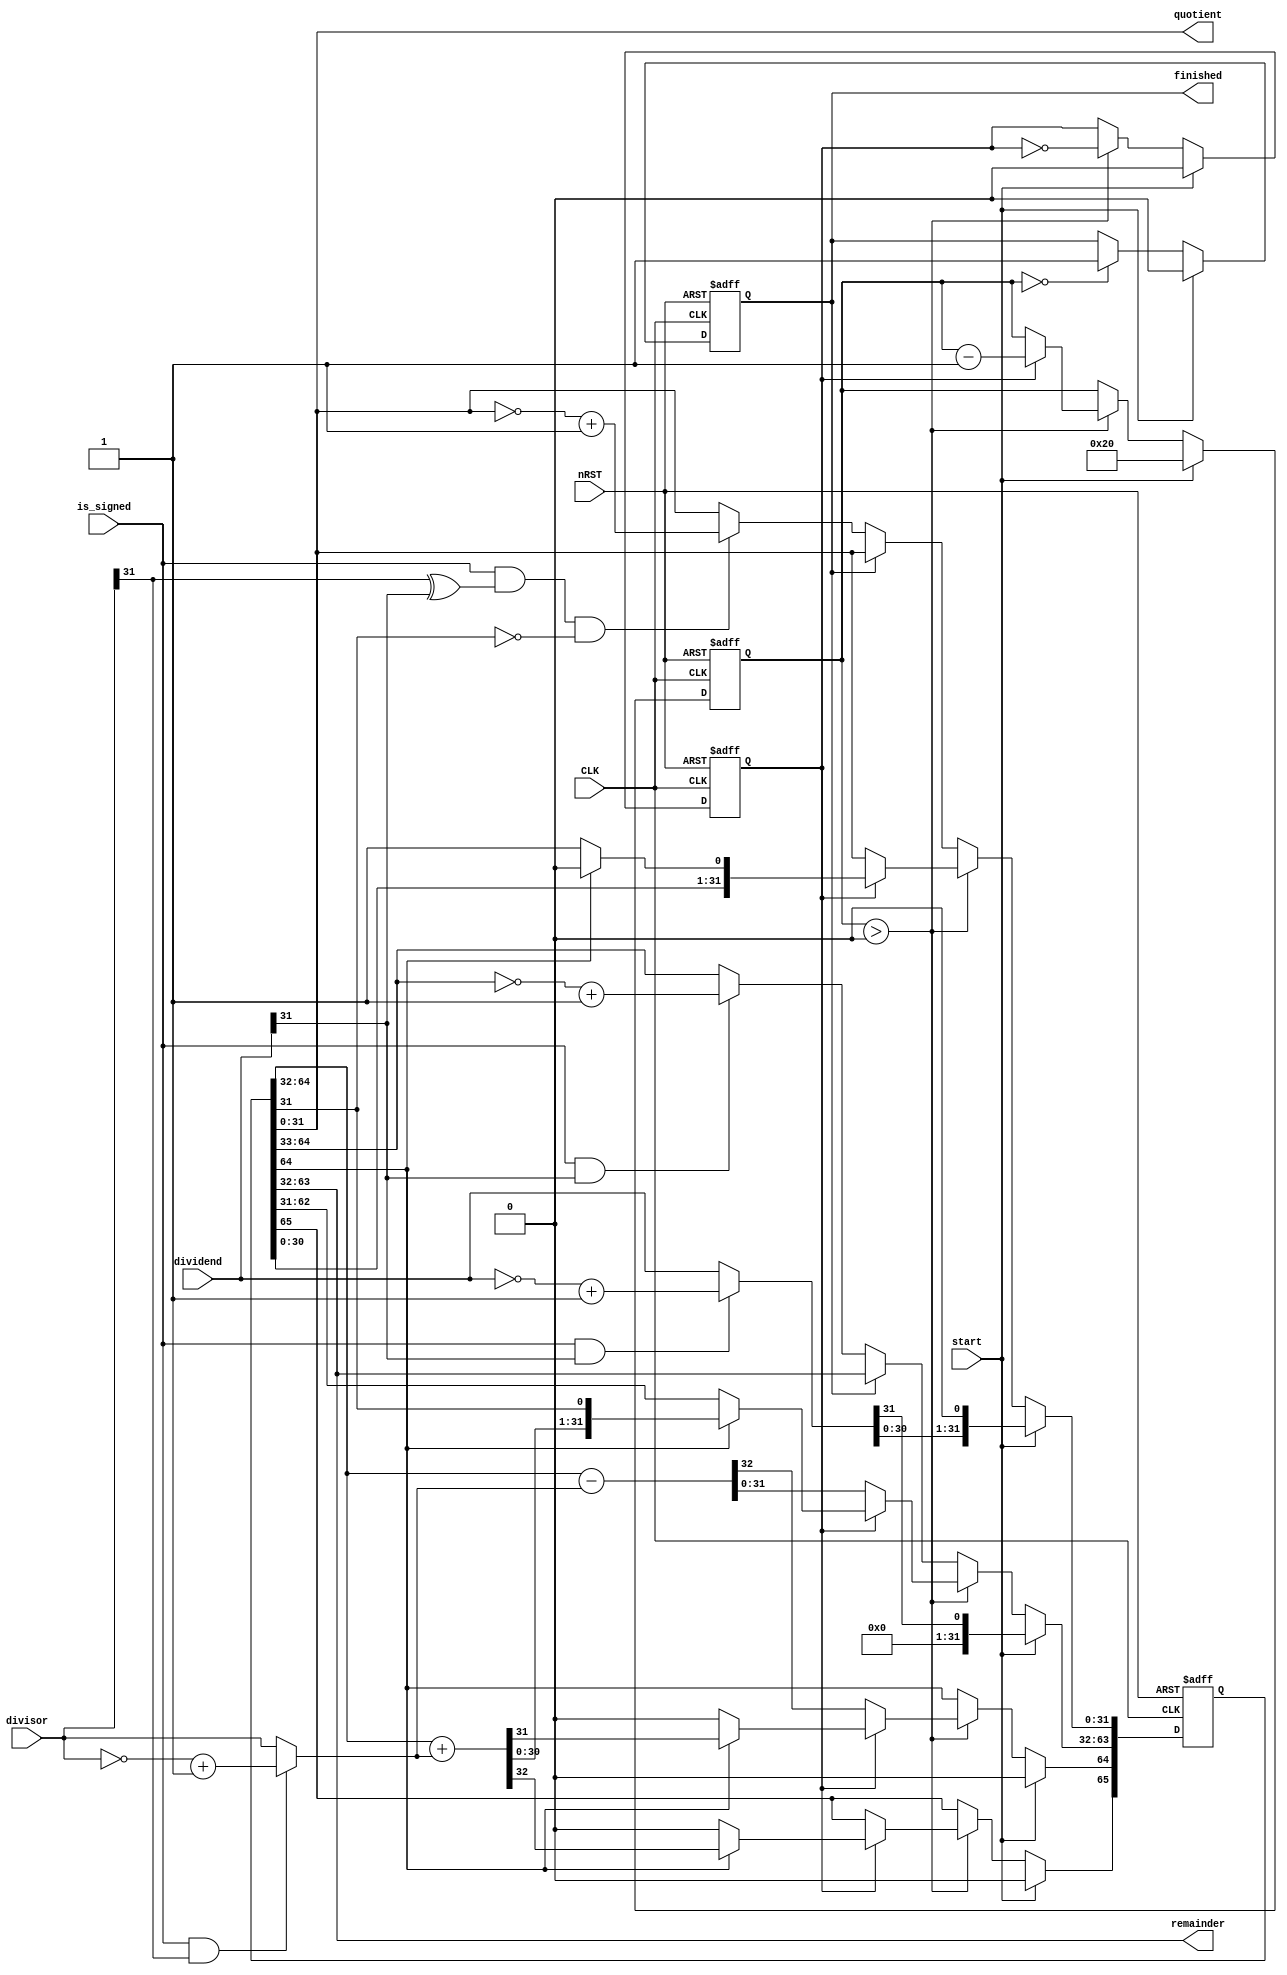
module shift_test_restore_divider (
	CLK,
	nRST,
	divisor,
	dividend,
	is_signed,
	start,
	remainder,
	quotient,
	finished
);
	parameter N = 32;
	input wire CLK;
	input wire nRST;
	input wire [N - 1:0] divisor;
	input wire [N - 1:0] dividend;
	input wire is_signed;
	input wire start;
	output wire [N - 1:0] remainder;
	output wire [N - 1:0] quotient;
	output reg finished;
	localparam COUNTER_BITS = $clog2(N) + 1;
	localparam U_Q = N - 1;
	localparam U_R = (2 * N) - 1;
	reg [(2 * N) + 1:0] result;
	assign {remainder, quotient} = result[(2 * N) - 1:0];
	reg test_phase;
	reg [COUNTER_BITS - 1:0] counter;
	wire [N - 1:0] usign_divisor;
	wire [N - 1:0] usign_dividend;
	wire adjustment_possible;
	wire adjust_quotient;
	wire adjust_remainder;
	wire div_done;
	assign usign_divisor = (is_signed & divisor[N - 1] ? ~divisor + 1 : divisor);
	assign usign_dividend = (is_signed & dividend[N - 1] ? ~dividend + 1 : dividend);
	assign adjustment_possible = is_signed && (divisor[N - 1] ^ dividend[N - 1]);
	assign adjust_quotient = adjustment_possible && ~quotient[N - 1];
	assign adjust_remainder = is_signed && dividend[N - 1];
	assign div_done = counter == 0;
	always @(posedge CLK or negedge nRST)
		if (~nRST) begin
			result <= {(((2 * N) + 1) >= 0 ? (2 * N) + 2 : 1 - ((2 * N) + 1)) {1'sb0}};
			counter <= N;
			test_phase <= 1'b0;
		end
		else if (start) begin
			result <= {{N - 1 {1'b0}}, usign_dividend, 1'b0};
			counter <= N;
			test_phase <= 1'b0;
		end
		else if (counter > 0) begin
			if (~test_phase)
				result[U_R + 1-:N + 1] <= result[U_R + 1-:N + 1] - usign_divisor;
			else begin
				counter <= counter - 1;
				if (result[U_R + 1])
					result <= {result[U_R + 1-:N + 1] + usign_divisor, result[U_Q:0]} << 1;
				else
					result <= {result[U_R - 1:0], 1'b1};
			end
			test_phase <= ~test_phase;
		end
		else if (~finished) begin
			if (adjust_quotient)
				result[U_Q:0] <= ~result[U_Q:0] + 1;
			if (adjust_remainder)
				result[U_R-:N] <= ~result[U_R + 1-:N] + 1;
			else
				result[U_R-:N] <= result[U_R + 1-:N];
		end
	always @(posedge CLK or negedge nRST)
		if (~nRST)
			finished <= 1'b0;
		else if (start)
			finished <= 1'b0;
		else if (div_done)
			finished <= 1'b1;
endmodule